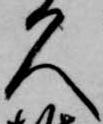
久